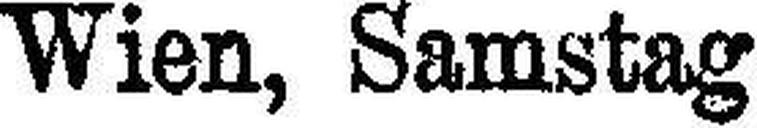
Wien, Samstag